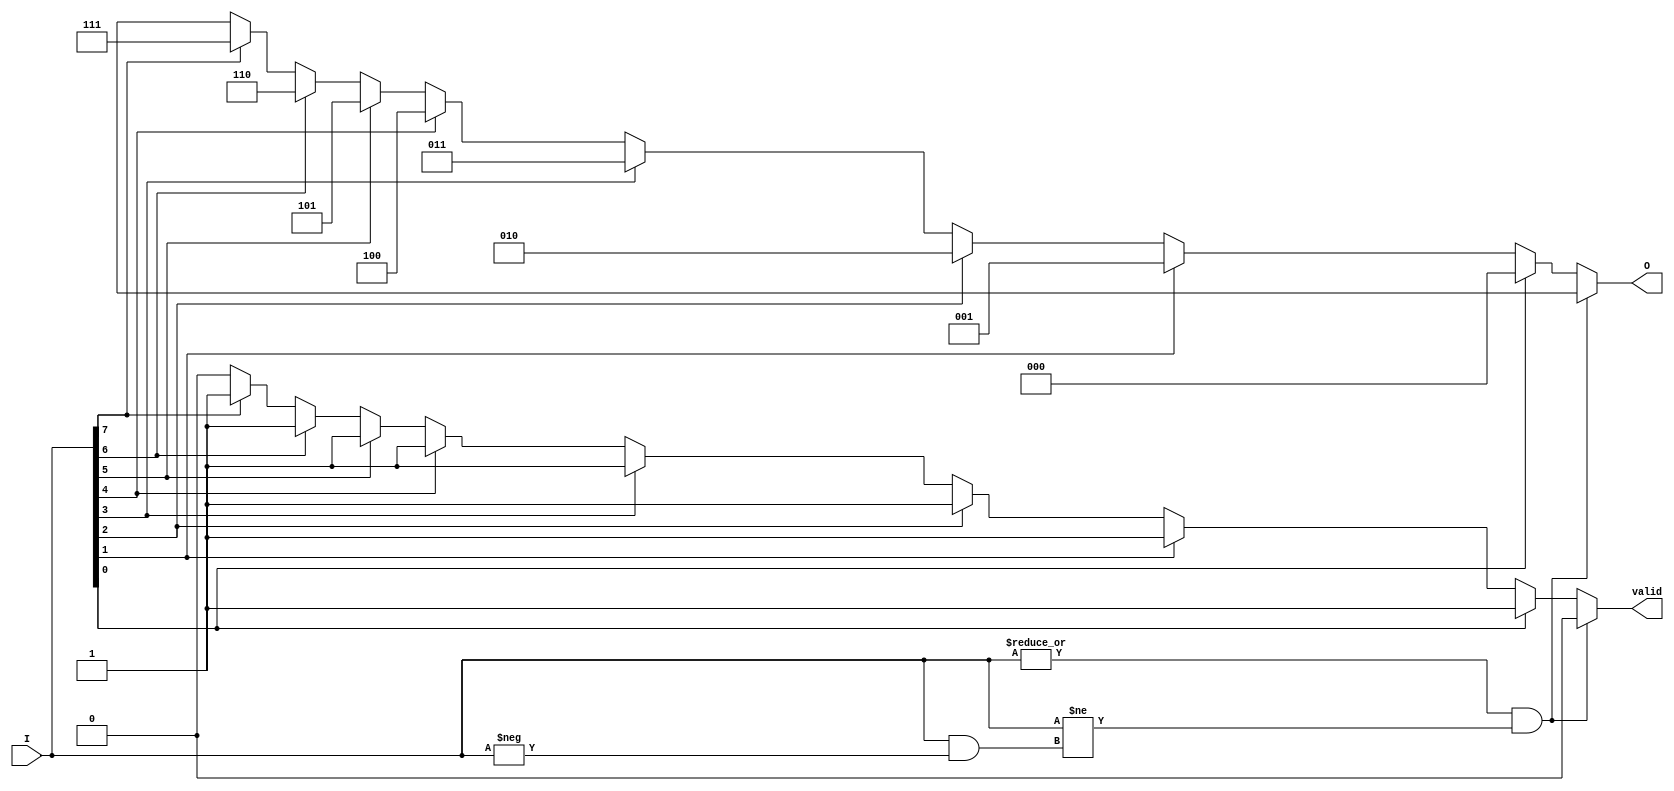
module octal_to_binary_encoder (
    input wire [7:0] I,     // 8 input lines (I0 to I7)
    output reg [2:0] O,     // 3 output lines (O2, O1, O0)
    output reg valid        // valid output
);

    always @(*) begin
        // Default the output and valid signal
        O = 3'bxxx; // Invalid output by default
        valid = 0;  // Assume invalid

        // Priority Encoding
        case (1'b1)
            I[0]: begin O = 3'b000; valid = 1; end
            I[1]: begin O = 3'b001; valid = 1; end
            I[2]: begin O = 3'b010; valid = 1; end
            I[3]: begin O = 3'b011; valid = 1; end
            I[4]: begin O = 3'b100; valid = 1; end
            I[5]: begin O = 3'b101; valid = 1; end
            I[6]: begin O = 3'b110; valid = 1; end
            I[7]: begin O = 3'b111; valid = 1; end
            default: begin
                // If none or multiple inputs are active
                O = 3'bxxx; // Invalid representation
                valid = 0;  // Not valid
            end
        endcase
        
        // Check for more than one input being active
        if (|I && (I != (I & -I))) begin
            // More than one signal is high
            O = 3'bxxx; // Invalid output
            valid = 0;  // Not valid
        end
    end
endmodule